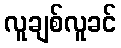
လူချစ်လူခင်